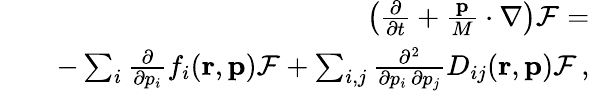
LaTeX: \begin{array}{rlr}&{}&{\left(\frac{\partial}{\partial t}+\frac{{\mathbf p}}{M}\cdot\nabla\right){\cal F}=}\\ &{}&{-\sum_{i}\frac{\partial}{\partial p_{i}}f_{i}({\mathbf r},{\mathbf p}){\cal F}+\sum_{i,j}\frac{\partial^{2}}{\partial p_{i}\, \partial p_{j}}D_{ij}({\mathbf r},{\mathbf p}){\cal F}\, ,}\end{array}